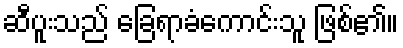
ဆီပူးသည် ခြေရာခံကောင်းသူ ဖြစ်၏။